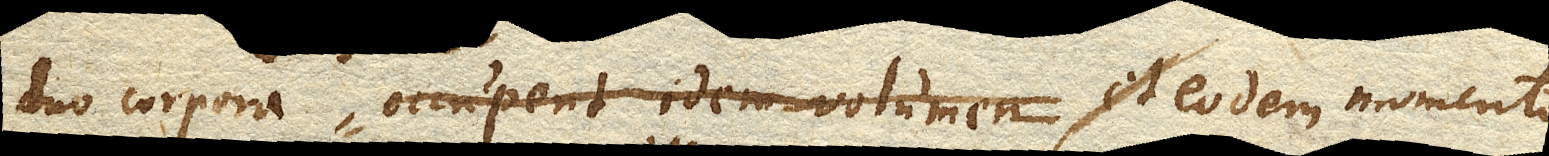
duo corpora occupent idem Volumen, et eodem